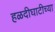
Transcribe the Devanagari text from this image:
हळदीघाटीच्या